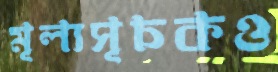
মূল্যসূচকও